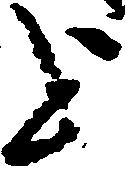
を